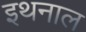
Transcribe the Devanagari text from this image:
इथनाल